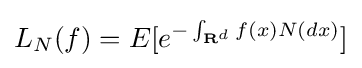
L_{N}(f)=E[e^{-\int _{{\textbf {R}}^{d}}f(x){N}(dx)}]